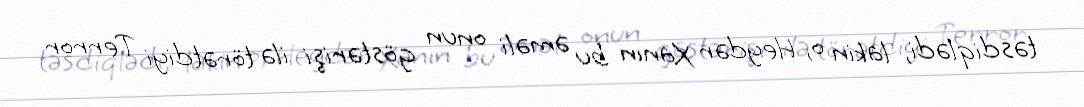
təsdiqlədi, lakin o, Heydər Xanın bu əməli onun göstərişi ilə törətdiyi Terror